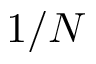
1 / N